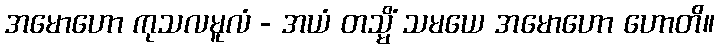
အမောဟော ကုသလမူလံ - အယံ တသ္မိံ သမယေ အမောဟော ဟောတိ။